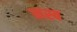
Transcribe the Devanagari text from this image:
नस्ब